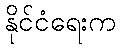
နိုင်ငံရေးက